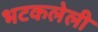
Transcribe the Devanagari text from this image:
भटकलेली